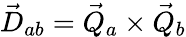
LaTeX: \vec{D}_{ab}=\vec{Q}_{a}\times\vec{Q}_{b}